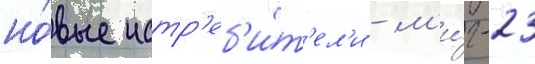
но́вые истр'еб'и́т'ел'и - м'и́г-23